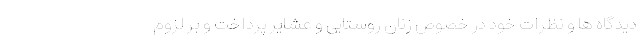
دیدگاه ها و نظرات خود در خصوص زنان روستایی و عشایر پرداخت و بر لزوم